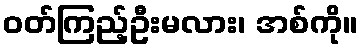
ဝတ်ကြည့်ဦးမလား၊ အစ်ကို။